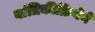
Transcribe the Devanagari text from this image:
यांत्रिकीक्रियेने